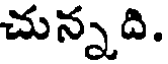
చున్నది.